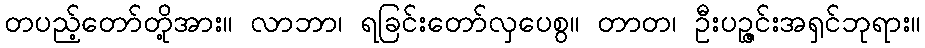
တပည့်တော်တို့အား။ လာဘာ၊ ရခြင်းတော်လှပေစွ။ တာတ၊ ဦးပဉ္ဇင်းအရှင်ဘုရား။